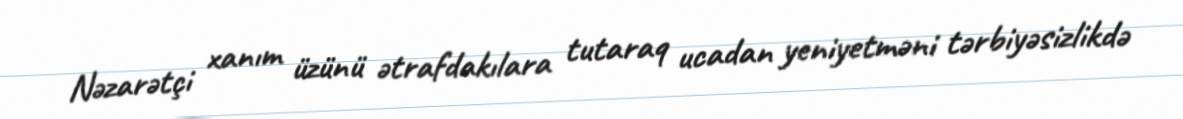
Nəzarətçi xanım üzünü ətrafdakılara tutaraq ucadan yeniyetməni tərbiyəsizlikdə